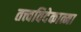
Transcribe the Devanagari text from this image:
तत्त्वविदेकात्मा